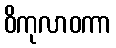
ဝိကုလာဝကာ